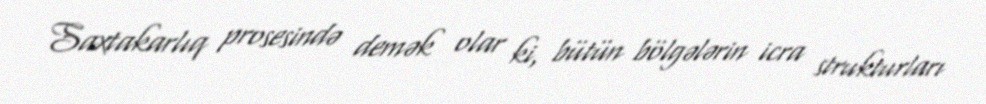
Saxtakarlıq prosesində demək olar ki, bütün bölgələrin icra strukturları